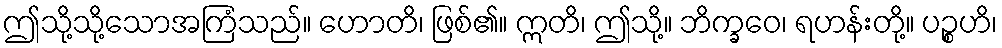
ဤသို့သို့သောအကြံသည်။ ဟောတိ၊ ဖြစ်၏။ ဣတိ၊ ဤသို့။ ဘိက္ခဝေ၊ ရဟန်းတို့။ ပဉ္စဟိ၊